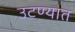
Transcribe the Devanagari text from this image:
उटण्यात